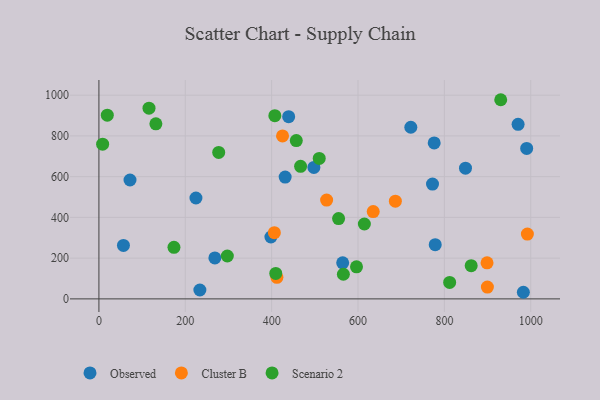
{"axis": {"x": "Experience", "y": "Profit"}, "legend": ["Cluster B", "Observed", "Scenario 2"], "data": [{"x": "564.5", "y": 177.2, "type": "Observed"}, {"x": "722.3", "y": 842.4, "type": "Observed"}, {"x": "982.9", "y": 32.4, "type": "Observed"}, {"x": "848.9", "y": 641.7, "type": "Observed"}, {"x": "224.7", "y": 495.1, "type": "Observed"}, {"x": "772.5", "y": 563.4, "type": "Observed"}, {"x": "56.8", "y": 262.3, "type": "Observed"}, {"x": "268.5", "y": 201.0, "type": "Observed"}, {"x": "497.8", "y": 645.4, "type": "Observed"}, {"x": "398.3", "y": 303.8, "type": "Observed"}, {"x": "970.7", "y": 856.6, "type": "Observed"}, {"x": "778.8", "y": 266.3, "type": "Observed"}, {"x": "233.8", "y": 43.6, "type": "Observed"}, {"x": "431.3", "y": 598.1, "type": "Observed"}, {"x": "439.4", "y": 894.5, "type": "Observed"}, {"x": "72.0", "y": 583.6, "type": "Observed"}, {"x": "776.4", "y": 765.5, "type": "Observed"}, {"x": "990.6", "y": 738.6, "type": "Observed"}, {"x": "686.5", "y": 479.4, "type": "Cluster B"}, {"x": "406.3", "y": 324.8, "type": "Cluster B"}, {"x": "898.8", "y": 176.9, "type": "Cluster B"}, {"x": "992.2", "y": 318.0, "type": "Cluster B"}, {"x": "527.3", "y": 485.2, "type": "Cluster B"}, {"x": "425.2", "y": 799.8, "type": "Cluster B"}, {"x": "412.2", "y": 105.7, "type": "Cluster B"}, {"x": "899.6", "y": 57.8, "type": "Cluster B"}, {"x": "635.2", "y": 428.3, "type": "Cluster B"}, {"x": "930.5", "y": 977.6, "type": "Scenario 2"}, {"x": "862.1", "y": 163.2, "type": "Scenario 2"}, {"x": "596.5", "y": 157.2, "type": "Scenario 2"}, {"x": "467.0", "y": 650.6, "type": "Scenario 2"}, {"x": "457.1", "y": 777.2, "type": "Scenario 2"}, {"x": "555.0", "y": 394.2, "type": "Scenario 2"}, {"x": "297.4", "y": 210.5, "type": "Scenario 2"}, {"x": "116.0", "y": 936.3, "type": "Scenario 2"}, {"x": "131.9", "y": 859.1, "type": "Scenario 2"}, {"x": "277.4", "y": 719.1, "type": "Scenario 2"}, {"x": "409.5", "y": 124.7, "type": "Scenario 2"}, {"x": "8.6", "y": 759.6, "type": "Scenario 2"}, {"x": "173.8", "y": 253.1, "type": "Scenario 2"}, {"x": "614.7", "y": 367.5, "type": "Scenario 2"}, {"x": "510.2", "y": 689.5, "type": "Scenario 2"}, {"x": "566.1", "y": 121.0, "type": "Scenario 2"}, {"x": "812.2", "y": 80.6, "type": "Scenario 2"}, {"x": "19.4", "y": 901.8, "type": "Scenario 2"}, {"x": "407.4", "y": 899.3, "type": "Scenario 2"}]}